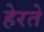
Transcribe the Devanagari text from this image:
हेरते